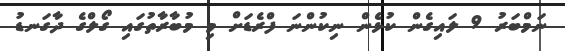
ނަމްބަރު 9 ލައިގެން ކުޅެން ނިކުންނަ ފްރެޑަށް މި މުބާރާތުގައި ގޯލްގެ ދާގަނޑު